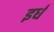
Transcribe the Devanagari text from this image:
इर्ध